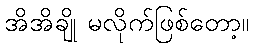
အိအိချို မလိုက်ဖြစ်တော့။